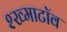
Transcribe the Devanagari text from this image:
श्ख्माटॉव